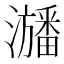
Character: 𤃃